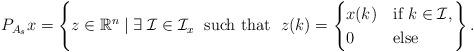
LaTeX: \begin{align*}P_{A_s}x = \left\{z\in \mathbb{R}^n \mid \exists\; \mathcal{I}\in \mathcal{I}_x\; \mbox{ such that }\; z(k)=\begin{cases}x(k) & \mbox{if } k \in \mathcal{I},\\0 & \mbox{else}\end{cases}\right\}.\end{align*}